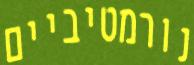
נורמטיביים